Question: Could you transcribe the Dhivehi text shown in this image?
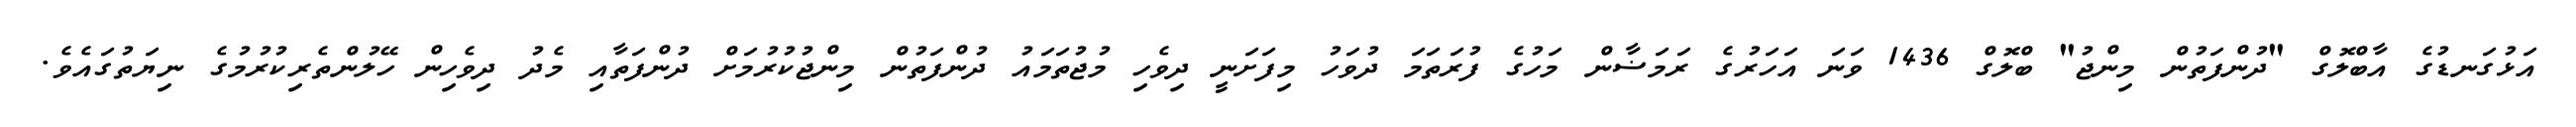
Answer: އަޅުގަނޑުގެ އާބްލޮގް "ދުންފަތުން މިންޖު" ބްލޮގް 1436 ވަނަ އަހަރުގެ ރަމަޟާން މަހުގެ ފުރަތަމަ ދުވަހު މިފަށަނީ ދިވެހި މުޖުތަމައު ދުންފަތުން މިންޖުކުރުމަށް ދުންފަތާއި މެދު ދިވެހިން ހޭލުންތެރިކުރުމުގެ ނިޔަތުގައެވެ.